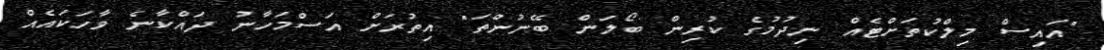
"އައިސް މިލްކުތަށްޓެއް ނިދުމުގެ ކުރިން ބޯލަން ބޭނުންތަ" އިތުރަށް އަސްމަހާނު ދައްކާނެ ވާހަކައެއް